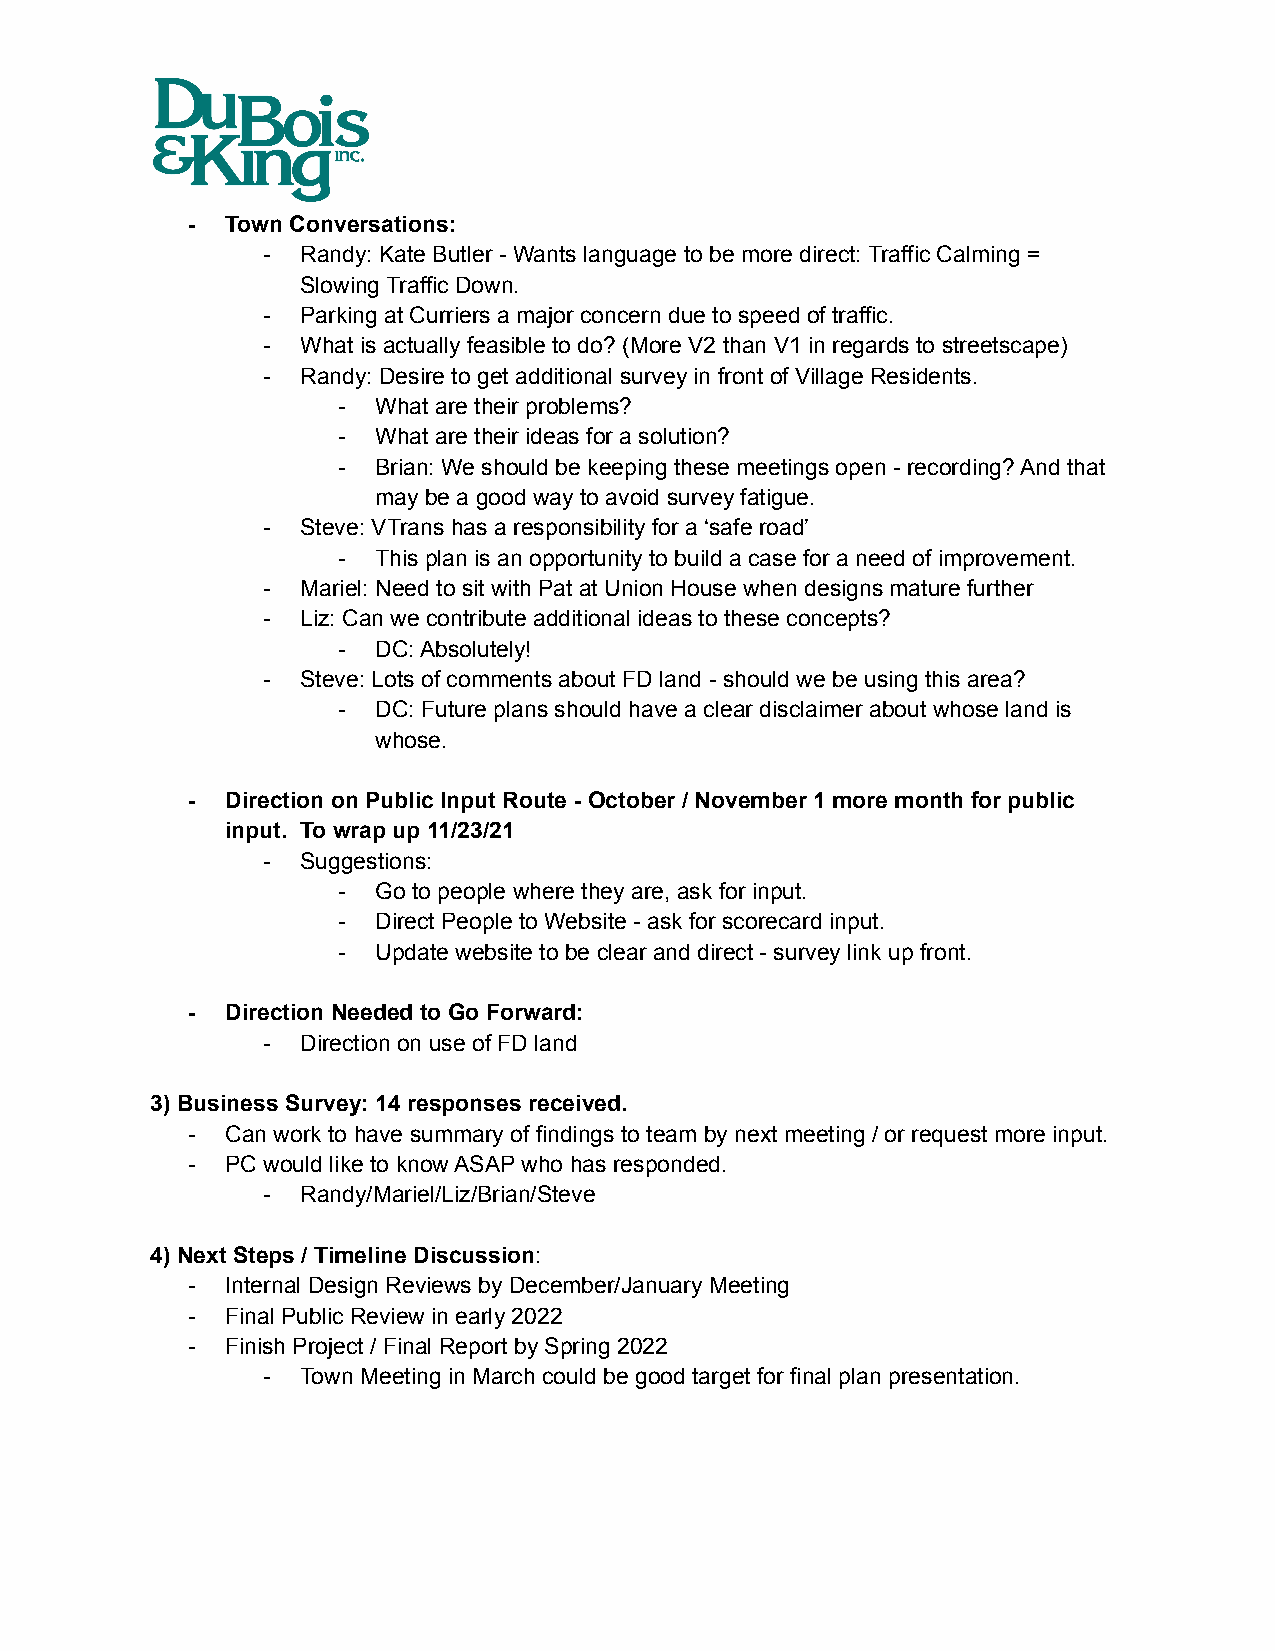
-  Town Conversations:
 -  Randy: Kate Butler - Wants language to be more direct: Traffic Calming =
 Slowing Traffic Down.
 -  Parking at Curriers a major concern due to speed of traffic.
 -  What is actually feasible to do? (More V2 than V1 in regards to streetscape)
 -  Randy: Desire to get additional survey in front of Village Residents.
 -  What are their problems?
 -  What are their ideas for a solution?
 -  Brian: We should be keeping these meetings open - recording? And that
 may be a good way to avoid survey fatigue.
 -  Steve: VTrans has a responsibility for a ‘safe road’
 -  This plan is an opportunity to build a case for a need of improvement.
 -  Mariel: Need to sit with Pat at Union House when designs mature further
 -  Liz: Can we contribute additional ideas to these concepts?
 -  DC: Absolutely!
 -  Steve: Lots of comments about FD land - should we be using this area?
 -  DC: Future plans should have a clear disclaimer about whose land is
 whose.
 -  Direction on Public Input Route - October / November 1 more month for public
 input. To wrap up 11/23/21
 -  Suggestions:
 -  Go to people where they are, ask for input.
 -  Direct People to Website - ask for scorecard input.
 -  Update website to be clear and direct - survey link up front.
 -  Direction Needed to Go Forward:
 -  Direction on use of FD land
 3) Business Survey: 14 responses received.
 -  Can work to have summary of findings to team by next meeting / or request more input.
 -  PC would like to know ASAP who has responded.
 -  Randy/Mariel/Liz/Brian/Steve
 4) Next Steps / Timeline Discussion:
 -  Internal Design Reviews by December/January Meeting
 -  Final Public Review in early 2022
 -  Finish Project / Final Report by Spring 2022
 -  Town Meeting in March could be good target for final plan presentation.